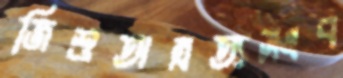
জিশুঅত্রত্যসংব